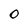
Character: O